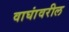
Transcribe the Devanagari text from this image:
वाघांवरील